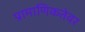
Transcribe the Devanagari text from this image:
प्रामाणिकतेवर